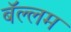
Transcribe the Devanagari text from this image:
बॅल्लम